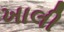
ખાલી